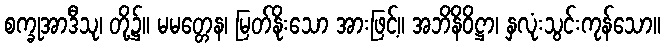
စက္ခုအာဒီသု၊ တို့၌။ မမတ္တေန၊ မြတ်နိုးသော အားဖြင့်။ အဘိနိဝိဋ္ဌာ၊ နှလုံးသွင်းကုန်သော။